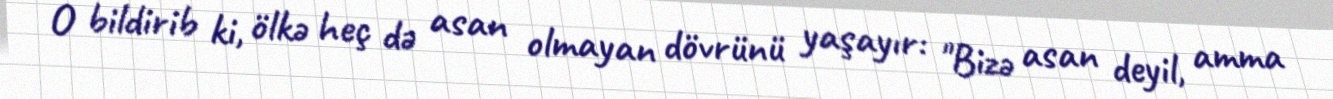
O bildirib ki, ölkə heç də asan olmayan dövrünü yaşayır: "Bizə asan deyil, amma